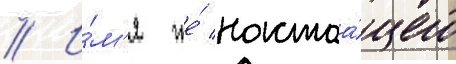
// И́м'я же́ настоа́щего